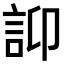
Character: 𧥴